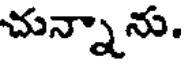
చున్నాను.